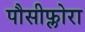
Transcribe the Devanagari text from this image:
पौसीफ्लोरा